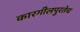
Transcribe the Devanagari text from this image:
कारगीलपुरतेच